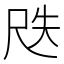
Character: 𡱛